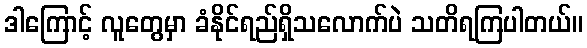
ဒါကြောင့် လူတွေမှာ ခံနိုင်ရည်ရှိသလောက်ပဲ သတိရကြပါတယ်။